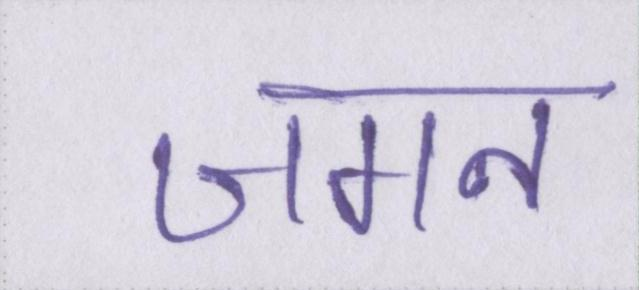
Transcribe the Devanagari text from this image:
जगन